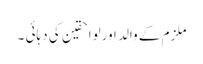
ملزم کے والد اورلواحقین کی دہائی ۔